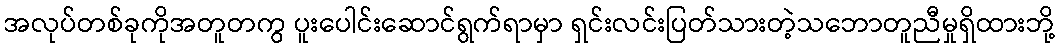
အလုပ်တစ်ခုကိုအတူတကွ ပူးပေါင်းဆောင်ရွက်ရာမှာ ရှင်းလင်းပြတ်သားတဲ့သဘောတူညီမှုရှိထားဘို့